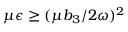
\mu \epsilon \geq ( \mu b _ { 3 } / 2 \omega ) ^ { 2 }